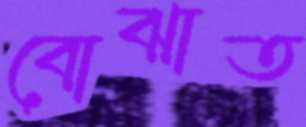
বোঝাত